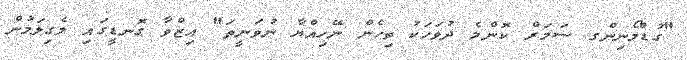
"ގުޑްމޯނިންގ ސަމަރް ކޮންމެ ދުވަހަކު ތިހެން ނޭހިއްޔާ ނުވަނީތަ" ޢިޒްވާ ގޮނޑީގައި ލެގިލަމުން